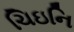
ચિઇનિ